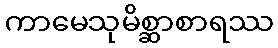
ကာမေသုမိစ္ဆာစာရဿ